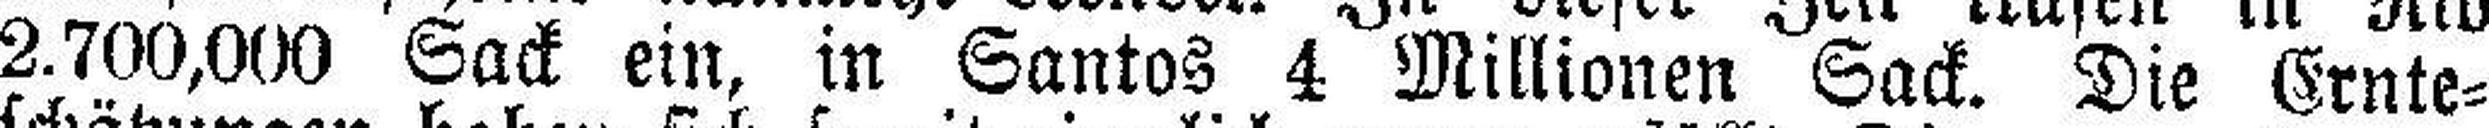
2.700,000 Sack ein, in Santos 4 Millionen Sack. Die Ernte¬